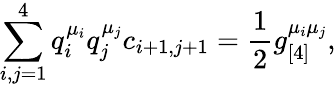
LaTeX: \sum_{i,j=1}^{4}q_{i}^{\mu_{i}}q_{j}^{\mu_{j}}c_{i+1,j+1}=\frac{1}{2}g_{[4]}^{\mu_{i}\mu_{j}},